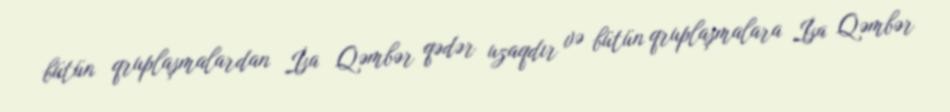
bütün qruplaşmalardan İsa Qəmbər qədər uzaqdır və bütün qruplaşmalara İsa Qəmbər